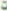
ت